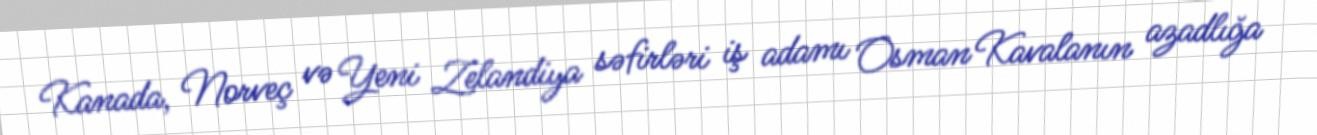
Kanada, Norveç və Yeni Zelandiya səfirləri iş adamı Osman Kavalanın azadlığa